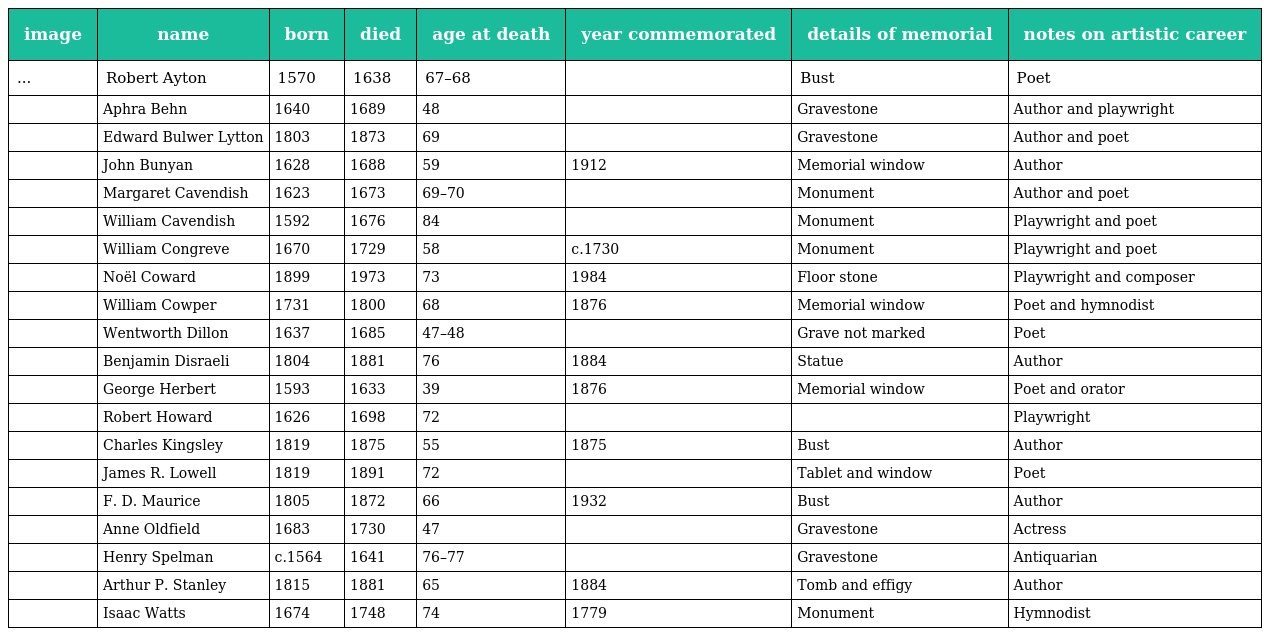
| image | name | born | died | age at death | year commemorated | details of memorial | notes on artistic career |
 | --- | --- | --- | --- | --- | --- | --- | --- |
 | ... | Robert Ayton | 1570 | 1638 | 67–68 |  | Bust | Poet |
 |  | Aphra Behn | 1640 | 1689 | 48 |  | Gravestone | Author and playwright |
 |  | Edward Bulwer Lytton | 1803 | 1873 | 69 |  | Gravestone | Author and poet |
 |  | John Bunyan | 1628 | 1688 | 59 | 1912 | Memorial window | Author |
 |  | Margaret Cavendish | 1623 | 1673 | 69–70 |  | Monument | Author and poet |
 |  | William Cavendish | 1592 | 1676 | 84 |  | Monument | Playwright and poet |
 |  | William Congreve | 1670 | 1729 | 58 | c.1730 | Monument | Playwright and poet |
 |  | Noël Coward | 1899 | 1973 | 73 | 1984 | Floor stone | Playwright and composer |
 |  | William Cowper | 1731 | 1800 | 68 | 1876 | Memorial window | Poet and hymnodist |
 |  | Wentworth Dillon | 1637 | 1685 | 47–48 |  | Grave not marked | Poet |
 |  | Benjamin Disraeli | 1804 | 1881 | 76 | 1884 | Statue | Author |
 |  | George Herbert | 1593 | 1633 | 39 | 1876 | Memorial window | Poet and orator |
 |  | Robert Howard | 1626 | 1698 | 72 |  |  | Playwright |
 |  | Charles Kingsley | 1819 | 1875 | 55 | 1875 | Bust | Author |
 |  | James R. Lowell | 1819 | 1891 | 72 |  | Tablet and window | Poet |
 |  | F. D. Maurice | 1805 | 1872 | 66 | 1932 | Bust | Author |
 |  | Anne Oldfield | 1683 | 1730 | 47 |  | Gravestone | Actress |
 |  | Henry Spelman | c.1564 | 1641 | 76–77 |  | Gravestone | Antiquarian |
 |  | Arthur P. Stanley | 1815 | 1881 | 65 | 1884 | Tomb and effigy | Author |
 |  | Isaac Watts | 1674 | 1748 | 74 | 1779 | Monument | Hymnodist |